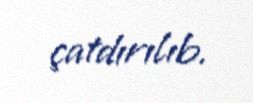
çatdırılıb.